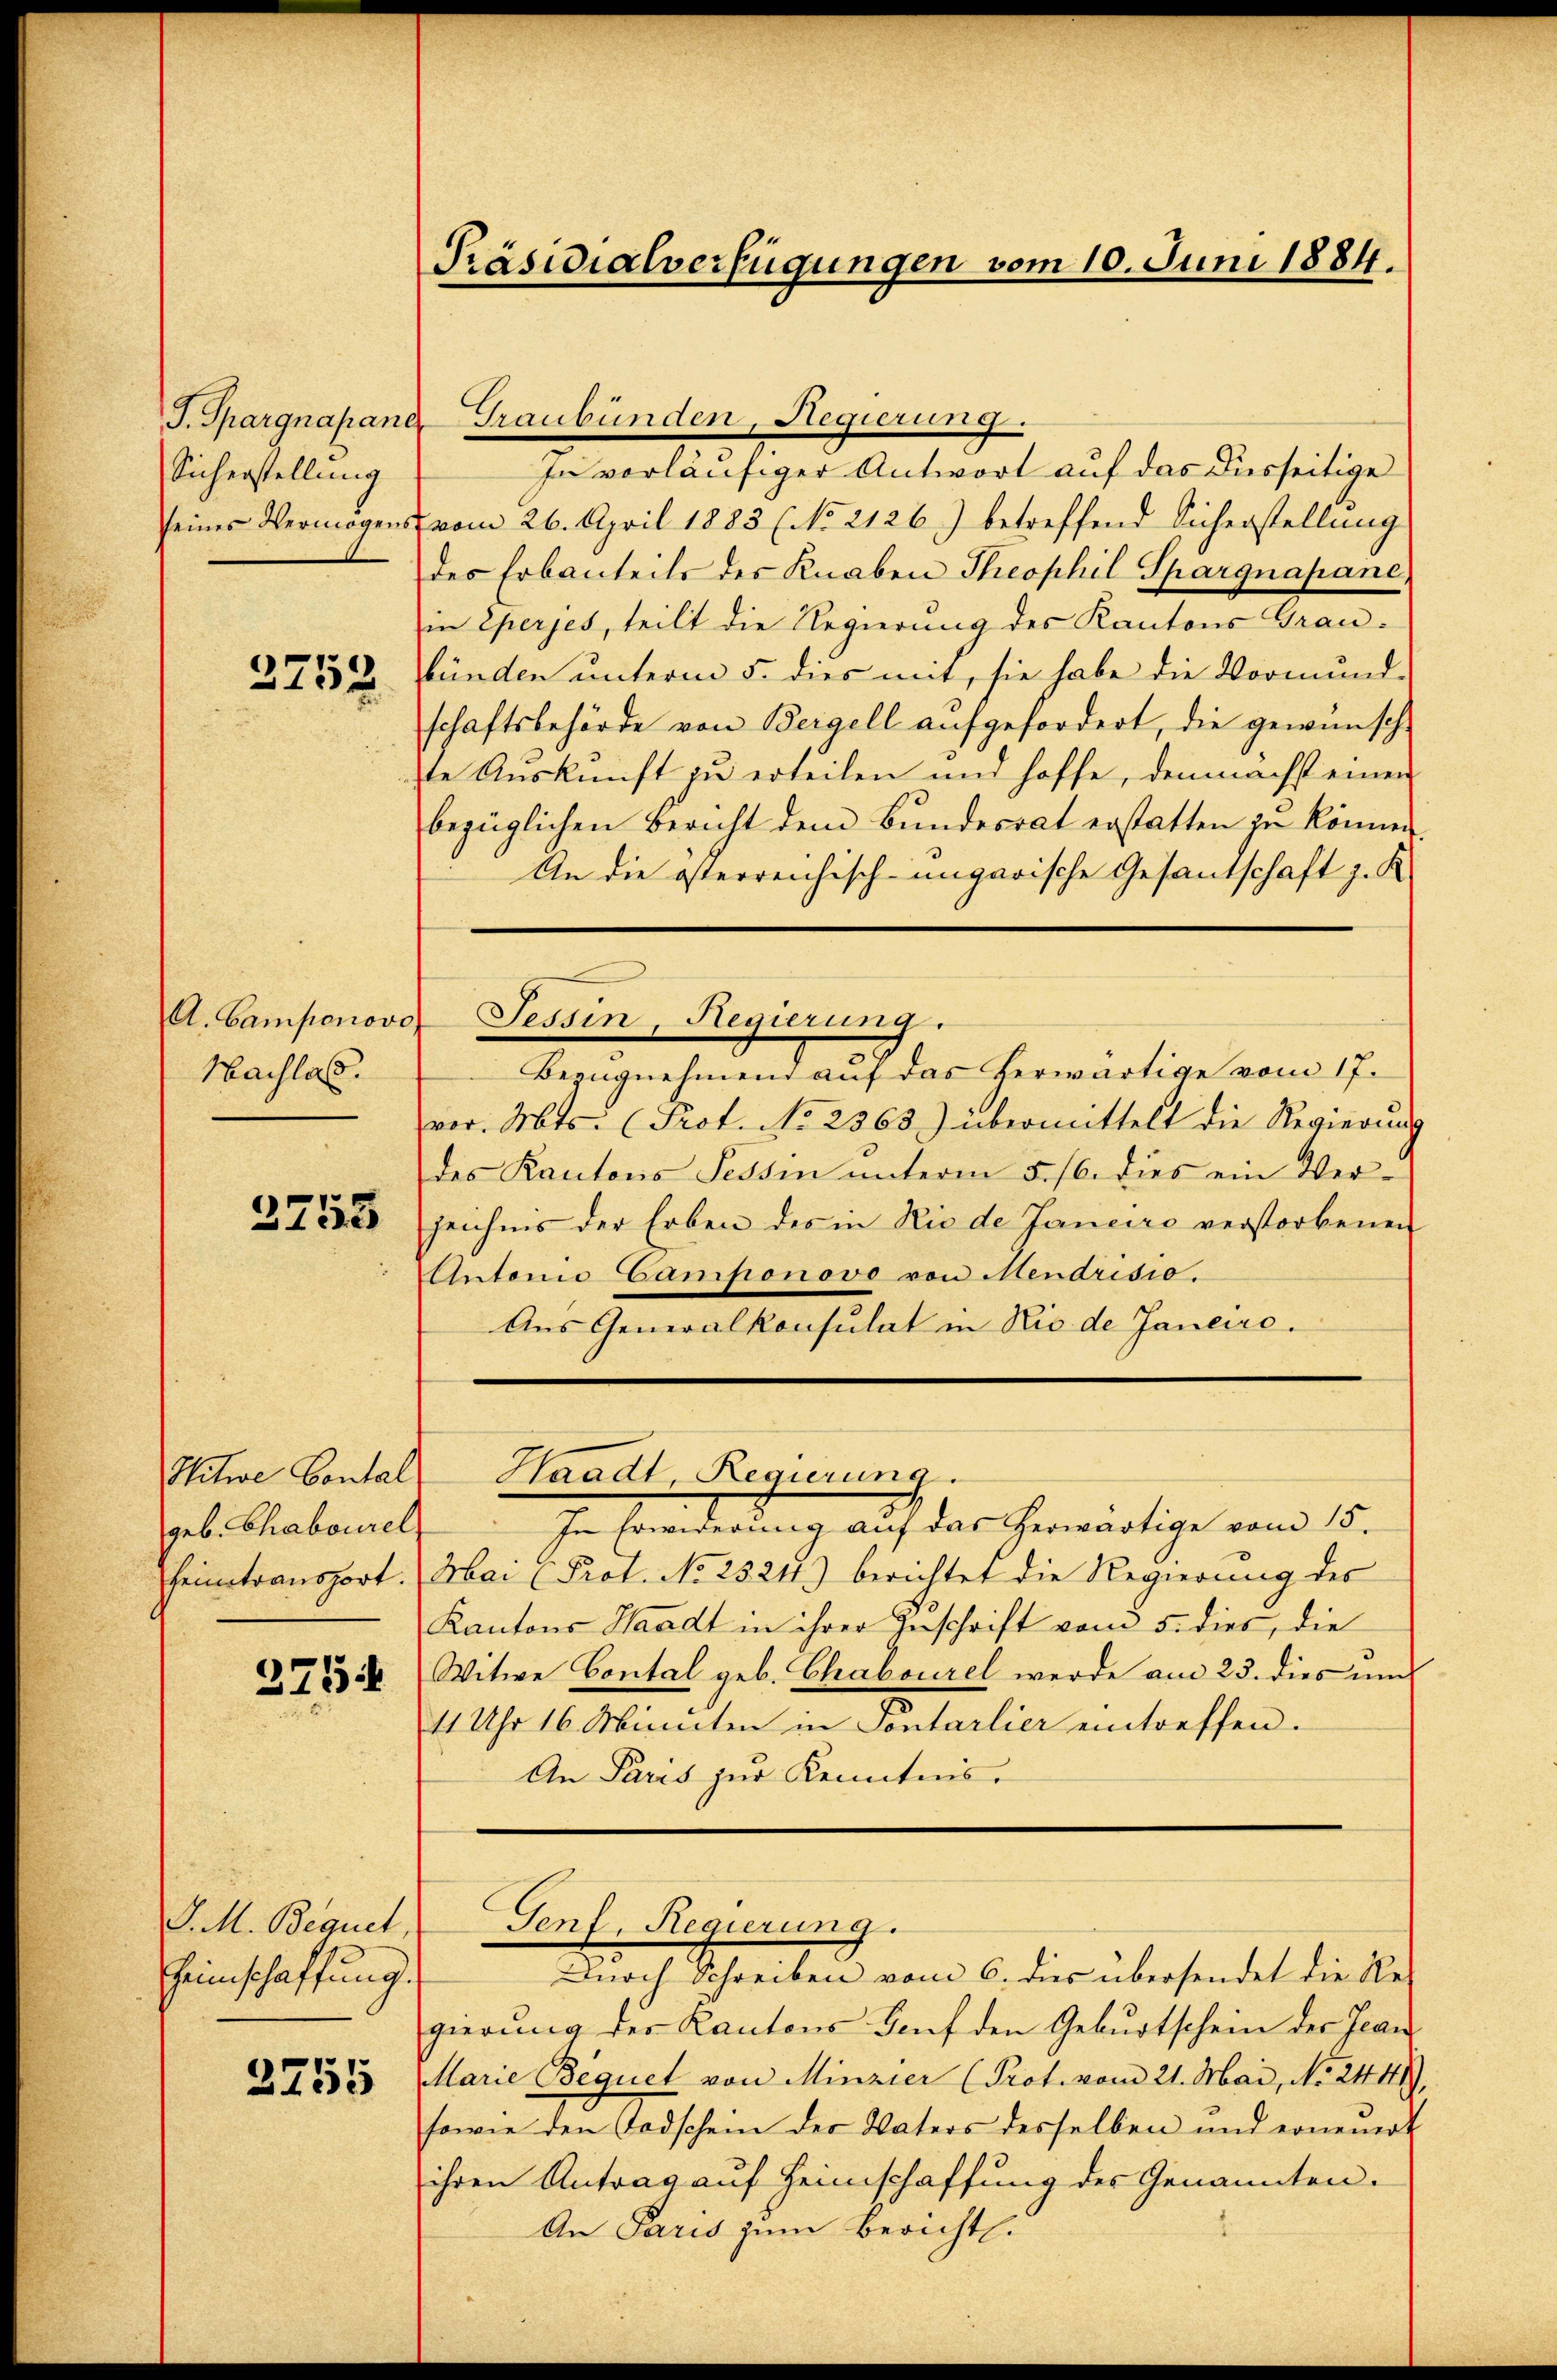
J. Spargnapand
Sicherstellung
seines Vermögens
3752

A. Camponovo
Nachlas.
3753

Sitwe Contal
geb. Ghabourel

J. M. Bequet,
heimschaffung.

2755

Präsidialverfügungen vom 10. Juni 1884.

Graubünden, Regierung.
In vorläufiger Antwort auf das diesseitige
vom 26. April 1883 (No 2126) betreffend Sicherstellung
des Erbanteils des Knaben Theophil Spargnapane
in Eperjes, teilt die Regierung des Kantons Grau-
bünden unterm 5. dies mit, sie habe die Vormund-
schaftsbehörde von Bergell aufgefordert, die gewünsch
te Auskunft zu erteilen und hoffe, demnächst einen
bezüglichen Bericht dem Bundesrat erstatten zu können.
An die österreichisch-ungarische Gesantschaft z. K.
Tessin, Regierung.
Bezugnehmend auf das herwärtige vom 17.
vor. Mts. (Prot. No 2363) übermittelt die Regierung
des Kantons Tessin ŭnterm 5. 16. dies ein Ver-
zeichens der Erben des in Rio de Janeiro verstorbenen
Antonio Camponovo von Mendrisio.
Aus Generalkonsulat in Rio de Janeire.

Waadt, Regierung.

Genf. Regierung.

Durch Schreiben vom 6. dies übersendet die Res
gierung des Kantons Bauf den Geburtschein der Jean
Marie Bequet von Minzier (Prot. vom 21. Mai, No 2441),
sowie den Todschein der Vaters desselben und ernemot
ihren Antrag auf Heimschaffung des Genannten.
An Paris zum Bericht.

In Erwiderŭng aŭf das herwärtige vom 15.
heintransport. Mai (Prot. No 2521) berichtet die Regierung des
Kantons Waadt in ihrer Zuschrift vom 5. dies, die
2434 Witwe Contal geb. Chabourel werde am 23. dies ŭm
11 Uhr 16 Minuten in Pontarlier eintreffen.
An Paris zur Kenntnis.